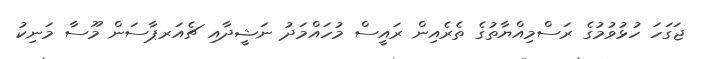
ޖަގަހަ ހުޅުވުމުގެ ރަސްމިއްޔާތުގެ ތެރެއިން ރައީސް މުހައްމަދު ނަޝީދާއި ޗެއަރޕާސަން މޫސާ މަނިކު